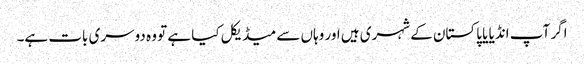
اگر آپ انڈیا یا پاکستان کے شہری ہیں اور وہاں سے میڈیکل کیا ہے تو وہ دوسری بات ہے۔